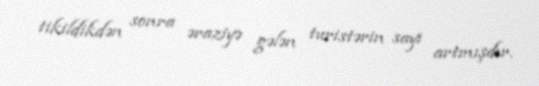
tikildikdən sonra əraziyə gələn turistərin sayı artmışdır.